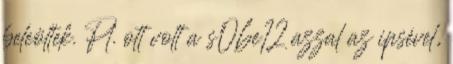
beleöltek. Pl. ott volt a s06e12 azzal az ipsével,